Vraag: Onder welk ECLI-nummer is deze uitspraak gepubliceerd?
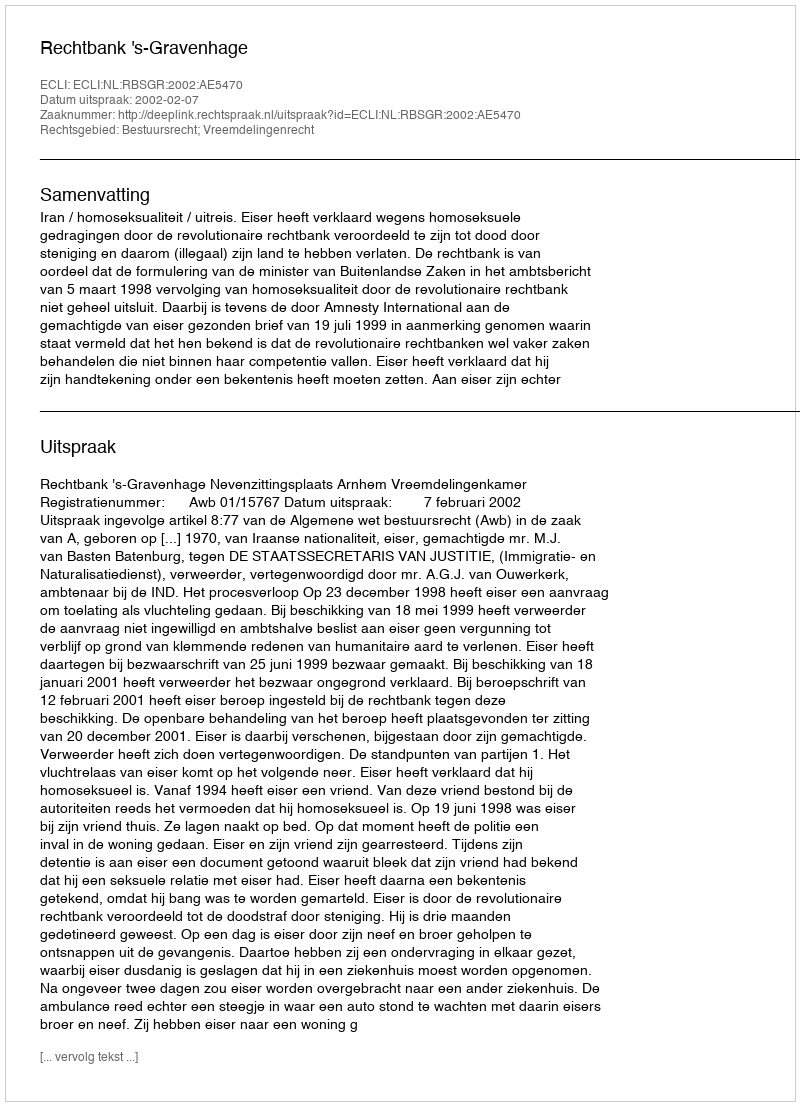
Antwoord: ECLI:NL:RBSGR:2002:AE5470